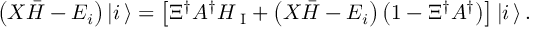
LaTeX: \left( { \cal X } { \bar { H } } - E _ { i } \right) | i \, \rangle = \left[ \Xi ^ { \dagger } { \cal A } ^ { \dagger } H _ { \mathrm { \scriptsize ~ I } } + \left( { \cal X } { \bar { H } } - E _ { i } \right) \left( 1 - \Xi ^ { \dagger } { \cal A } ^ { \dagger } \right) \right] | i \, \rangle \, .